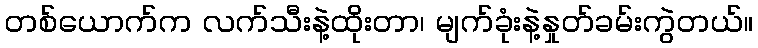
တစ်ယောက်က လက်သီးနဲ့ထိုးတာ၊ မျက်ခုံးနဲ့နှုတ်ခမ်းကွဲတယ်။